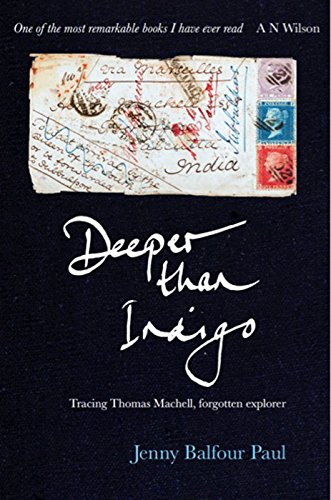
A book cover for Deeper than Indigo: Tracing Thomas Machell, Forgotten Explorer; Jenny Balfour Paul; Biographies & Memoirs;